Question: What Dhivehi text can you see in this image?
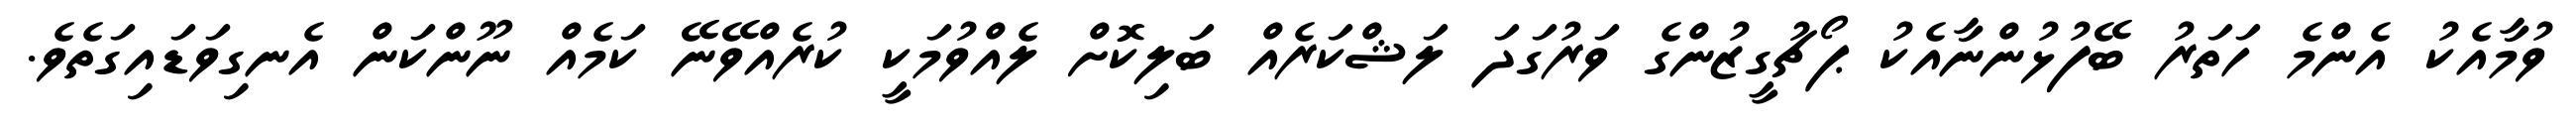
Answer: ވުމާއެކު އެންމެ ހަތަރު ބޭފުޅުންނާއެކު ޕޯޗުގީޒުންގެ ވަރުގަދަ ލަޝްކަރެއް ބަލިކޮށް ލެއްވުމަކީ ކުރެއްވޭނޭ ކަމެއް ނޫންކަން އެނގިވަޑައިގަތެވެ.